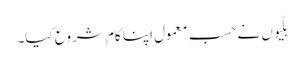
بلّیوں نے حسبِ معمول اپنا کام شروع کیا۔